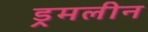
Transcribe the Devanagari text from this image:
ड्रमलीन